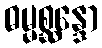
ဓမ္မစ္ဆန္ဒော